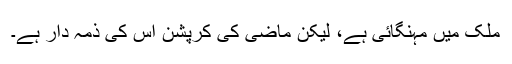
ملک میں مہنگائی ہے، لیکن ماضی کی کرپشن اس کی ذمہ دار ہے۔